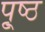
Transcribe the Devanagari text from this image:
पृ्ष्ठ